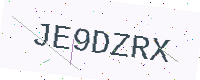
Text: JE9DZRX